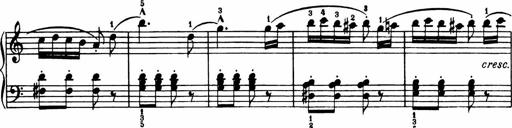
Title: Analytical Sonatinas
Composer: Frank Lynes